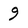
Character: 9